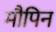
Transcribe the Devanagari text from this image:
मौपिन